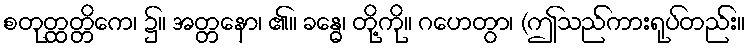
စတုတ္ထတ္တိကေ၊ ၌။ အတ္တနော၊ ၏။ ခန္ဓေ၊ တို့ကို။ ဂဟေတွာ၊ (ဤသည်ကားရုပ်တည်း။